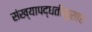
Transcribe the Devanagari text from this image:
संख्यापद्धतीनुसार